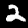
Digit: 2